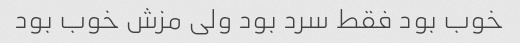
خوب بود فقط سرد بود ولی مزش خوب بود